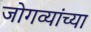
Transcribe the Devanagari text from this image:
जोगव्यांच्या